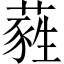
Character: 蕤